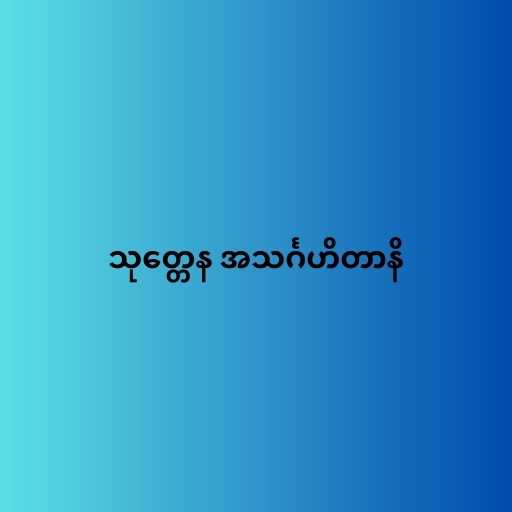
သုတ္တေန အသင်္ဂဟိတာနိ